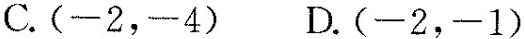
C.(-2，-4) D.(-2，-1)